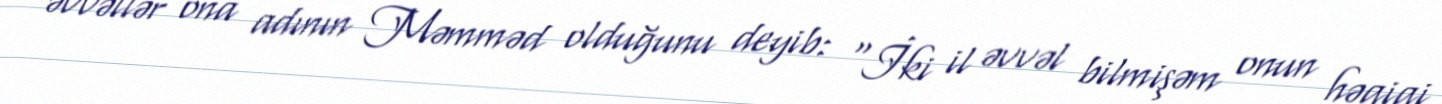
əvvəllər ona adının Məmməd olduğunu deyib: "İki il əvvəl bilmişəm onun həqiqi